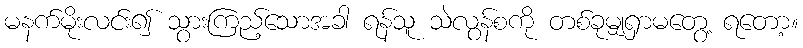
မနက်မိုးလင်း၍ သွားကြည့်သောအခါ ရန်သူ သဲလွန်စကို တစ်ခုမျှရှာမတွေ့ ရတော့။